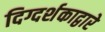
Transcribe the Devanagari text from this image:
दिग्दर्शकाद्वारे